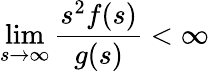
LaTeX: \operatorname*{lim}_{s\rightarrow\infty}\frac{s^{2}f(s)}{g(s)}<\infty